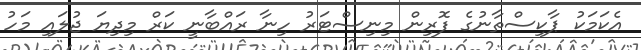
އެކަމަކު ޕާކިސްތާނުގެ ފޮރިން މިނިސްޓަރު ހިނާ ރައްބާނީ ކަރް މިދިޔަ ޖުލައި މަހު